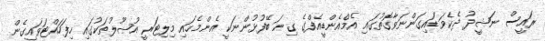
ރައީސް ނަޝީދު ދެކެވަޑައިގަންނަވާގޮތުގައި އެމްއެންޑީއެފްގެ ގިނަ ބޭފުޅުންނަކީ އެންމެހައި މިލިޓަރީ އުޞޫލުތަކުގައި ހިފަހައްޓަވައިގެން